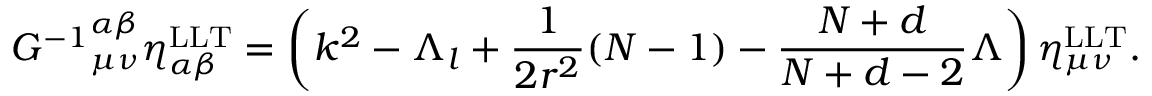
{ { \cal G } ^ { - 1 } } _ { \mu \nu } ^ { \alpha \beta } \eta _ { \alpha \beta } ^ { \mathrm { L L T } } = \left( k ^ { 2 } - \Lambda _ { l } + \frac { 1 } { 2 r ^ { 2 } } ( N - 1 ) - \frac { N + d } { N + d - 2 } \Lambda \right) \eta _ { \mu \nu } ^ { \mathrm { L L T } } .